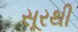
સૂરથી